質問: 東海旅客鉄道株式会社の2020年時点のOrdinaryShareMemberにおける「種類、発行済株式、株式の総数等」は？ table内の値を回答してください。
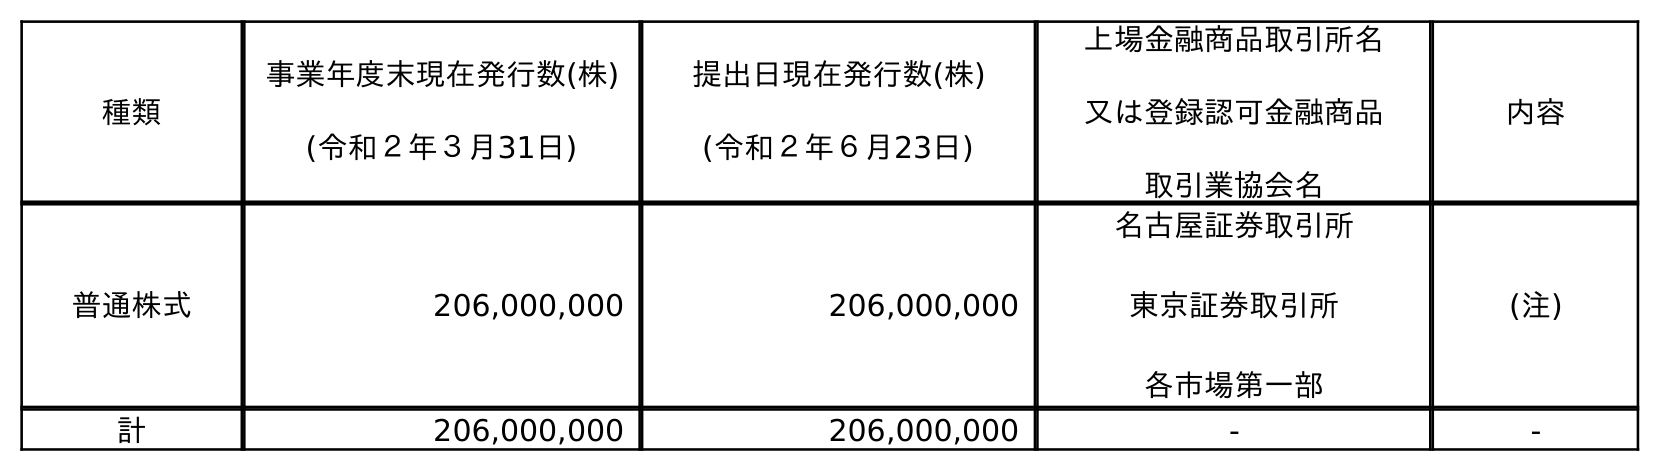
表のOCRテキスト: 種類 事業年度末現在発行数(株) (令和２年３月31日) 提出日現在発行数(株) (令和２年６月23日) 上場金融商品取引所名 又は登録認可金融商品 取引業協会名 内容 普通株式 206,000,000 206,000,000 名古屋証券取引所 東京証券取引所 各市場第一部 (注) 計 206,000,000 206,000,000 - -
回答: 普通株式